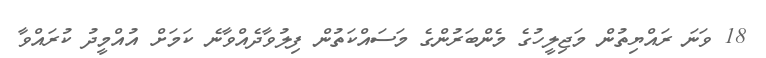
18 ވަނަ ރައްޔިތުން މަޖިލީހުގެ މެންބަރުންގެ މަސައްކަތުން ފިލުވާދެއްވާނެ ކަމަށް އުއްމީދު ކުރައްވާ